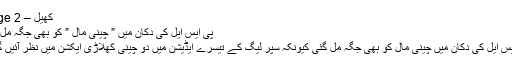
کھیل – Page 2
پی ایس ایل کی دکان میں ” چینی مال ” کو بھی جگہ مل گئی
پی ایس ایل کی دکان میں چینی مال کو بھی جگہ مل گئی کیونکہ سپر لیگ کے تیسرے ایڈیشن میں دو چینی کھلاڑی ایکشن میں نظر آئیں گے ۔